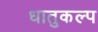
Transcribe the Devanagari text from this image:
धातुकल्प